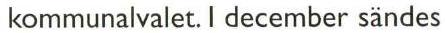
kommunalvalet. I december sändes